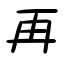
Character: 再